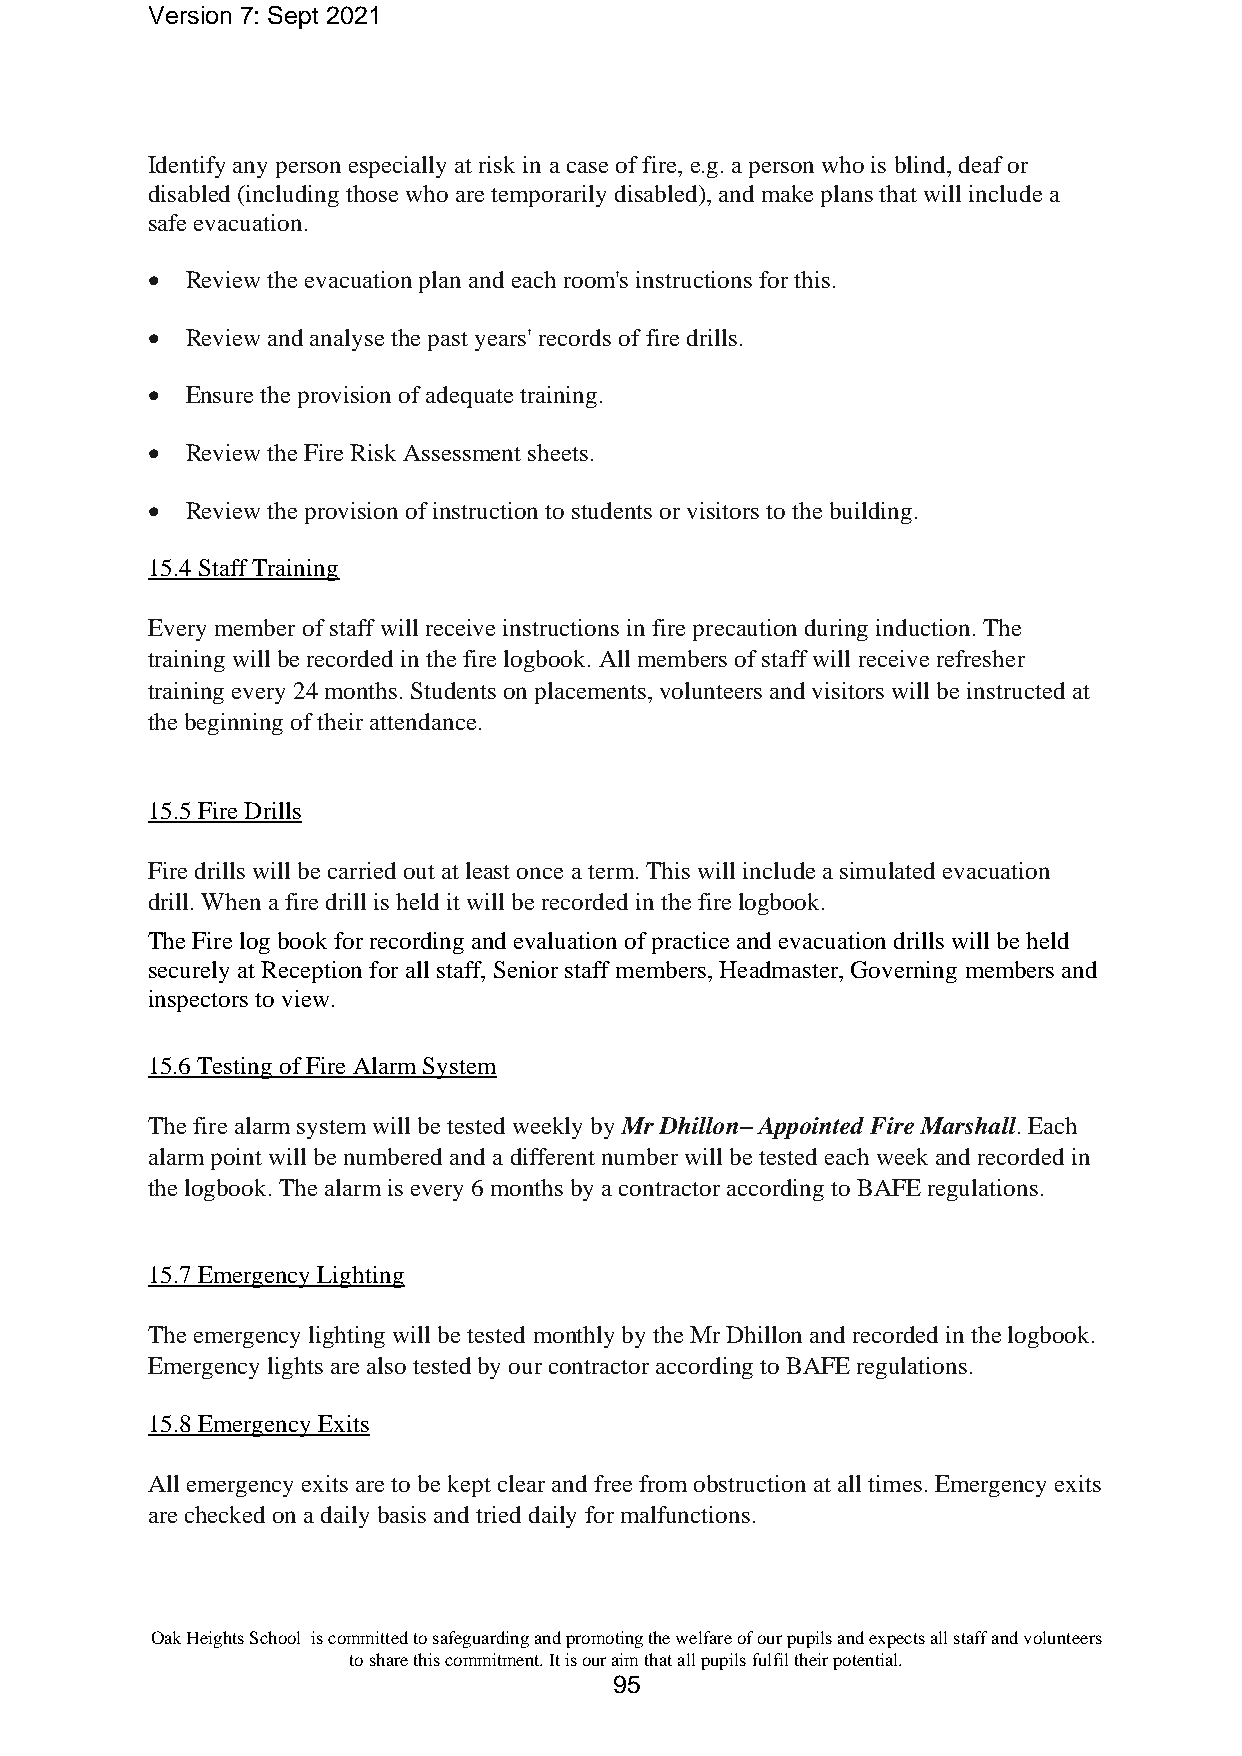
Version 7: Sept 2021
 Identify any person especially at risk in a case of fire, e.g. a person who is blind, deaf or
 disabled (including those who are temporarily disabled), and make plans that will include a
 safe evacuation.
 • Review the evacuation plan and each room's instructions for this.
 • Review and analyse the past years' records of fire drills.
 • Ensure the provision of adequate training.
 • Review the Fire Risk Assessment sheets.
 • Review the provision of instruction to students or visitors to the building.
 15.4 Staff Training
 Every member of staff will receive instructions in fire precaution during induction. The
 training will be recorded in the fire logbook. All members of staff will receive refresher
 training every 24 months. Students on placements, volunteers and visitors will be instructed at
 the beginning of their attendance.
 15.5 Fire Drills
 Fire drills will be carried out at least once a term. This will include a simulated evacuation
 drill. When a fire drill is held it will be recorded in the fire logbook.
 The Fire log book for recording and evaluation of practice and evacuation drills will be held
 securely at Reception for all staff, Senior staff members, Headmaster, Governing members and
 inspectors to view.
 15.6 Testing of Fire Alarm System
 The fire alarm system will be tested weekly by Mr Dhillon– Appointed Fire Marshall. Each
 alarm point will be numbered and a different number will be tested each week and recorded in
 the logbook. The alarm is every 6 months by a contractor according to BAFE regulations.
 15.7 Emergency Lighting
 The emergency lighting will be tested monthly by the Mr Dhillon and recorded in the logbook.
 Emergency lights are also tested by our contractor according to BAFE regulations.
 15.8 Emergency Exits
 All emergency exits are to be kept clear and free from obstruction at all times. Emergency exits
 are checked on a daily basis and tried daily for malfunctions.
 Oak Heights School is committed to safeguarding and promoting the welfare of our pupils and expects all staff and volunteers
 to share this commitment. It is our aim that all pupils fulfil their potential.
 95